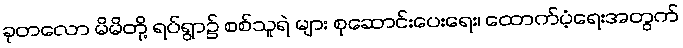
ခုတလော မိမိတို့ ရပ်ရွာ၌ စစ်သူရဲ များ စုဆောင်းပေးရေး၊ ထောက်ပံ့ရေးအတွက်